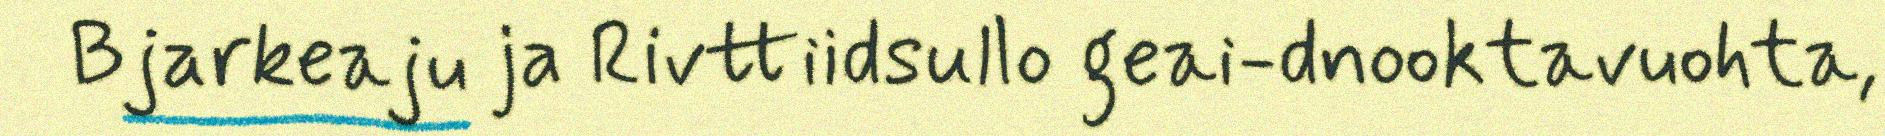
Bjarkeaju ja Rivttiidsullo geai-dnooktavuohta,